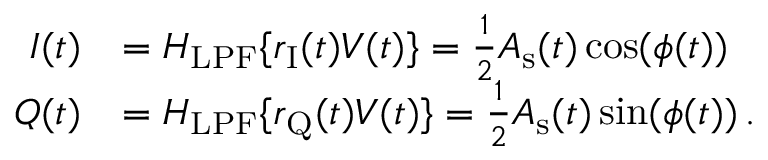
\begin{array} { r l } { I ( t ) } & { = H _ { \mathrm { L P F } } \{ r _ { \mathrm { I } } ( t ) V ( t ) \} = \frac { 1 } { 2 } A _ { \mathrm { s } } ( t ) \cos ( \phi ( t ) ) } \\ { Q ( t ) } & { = H _ { \mathrm { L P F } } \{ r _ { \mathrm { Q } } ( t ) V ( t ) \} = \frac { 1 } { 2 } A _ { \mathrm { s } } ( t ) \sin ( \phi ( t ) ) \, . } \end{array}